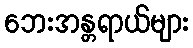
ဘေးအန္တရာယ်များ